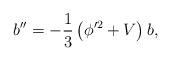
LaTeX: \begin{align*}{b''=-\frac{1}{3}\left(\phi'^2+V\right)b,}\end{align*}